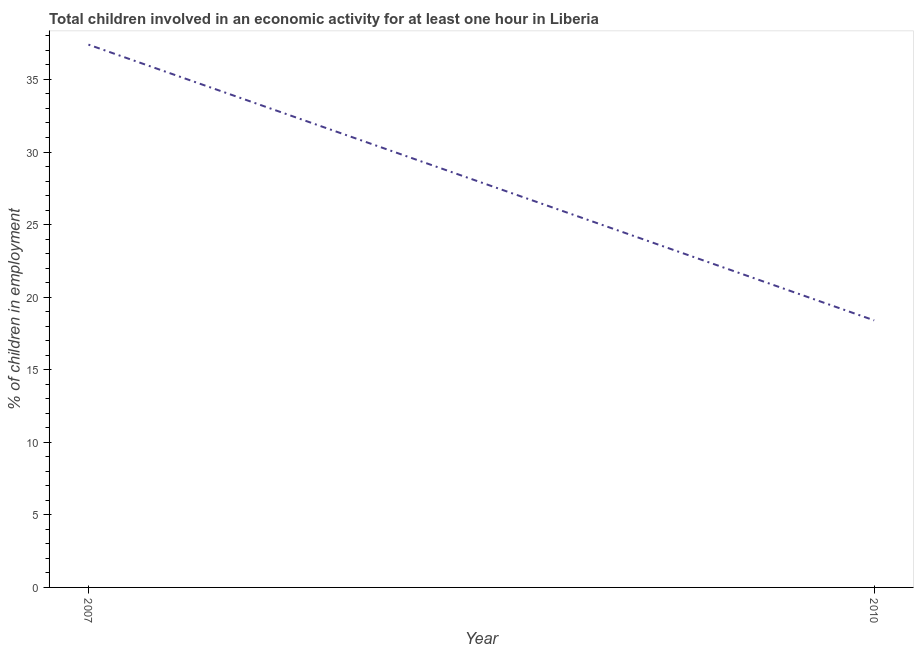
| Year | Children in employment |
 | --- | --- |
 | 2007 | 37.4 |
 | 2010 | 18.4 |